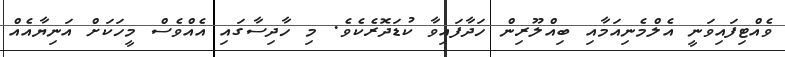
ވެއްޓިފައިވަނީ އެލްމެނިއަމާއި ބިއްލޫރިން ހަދާފައިވާ ކުޑަދޮރެކެވެ. މި ހާދިސާގައި އެއްވެސް މީހަކަށް އަނިޔާއެއް